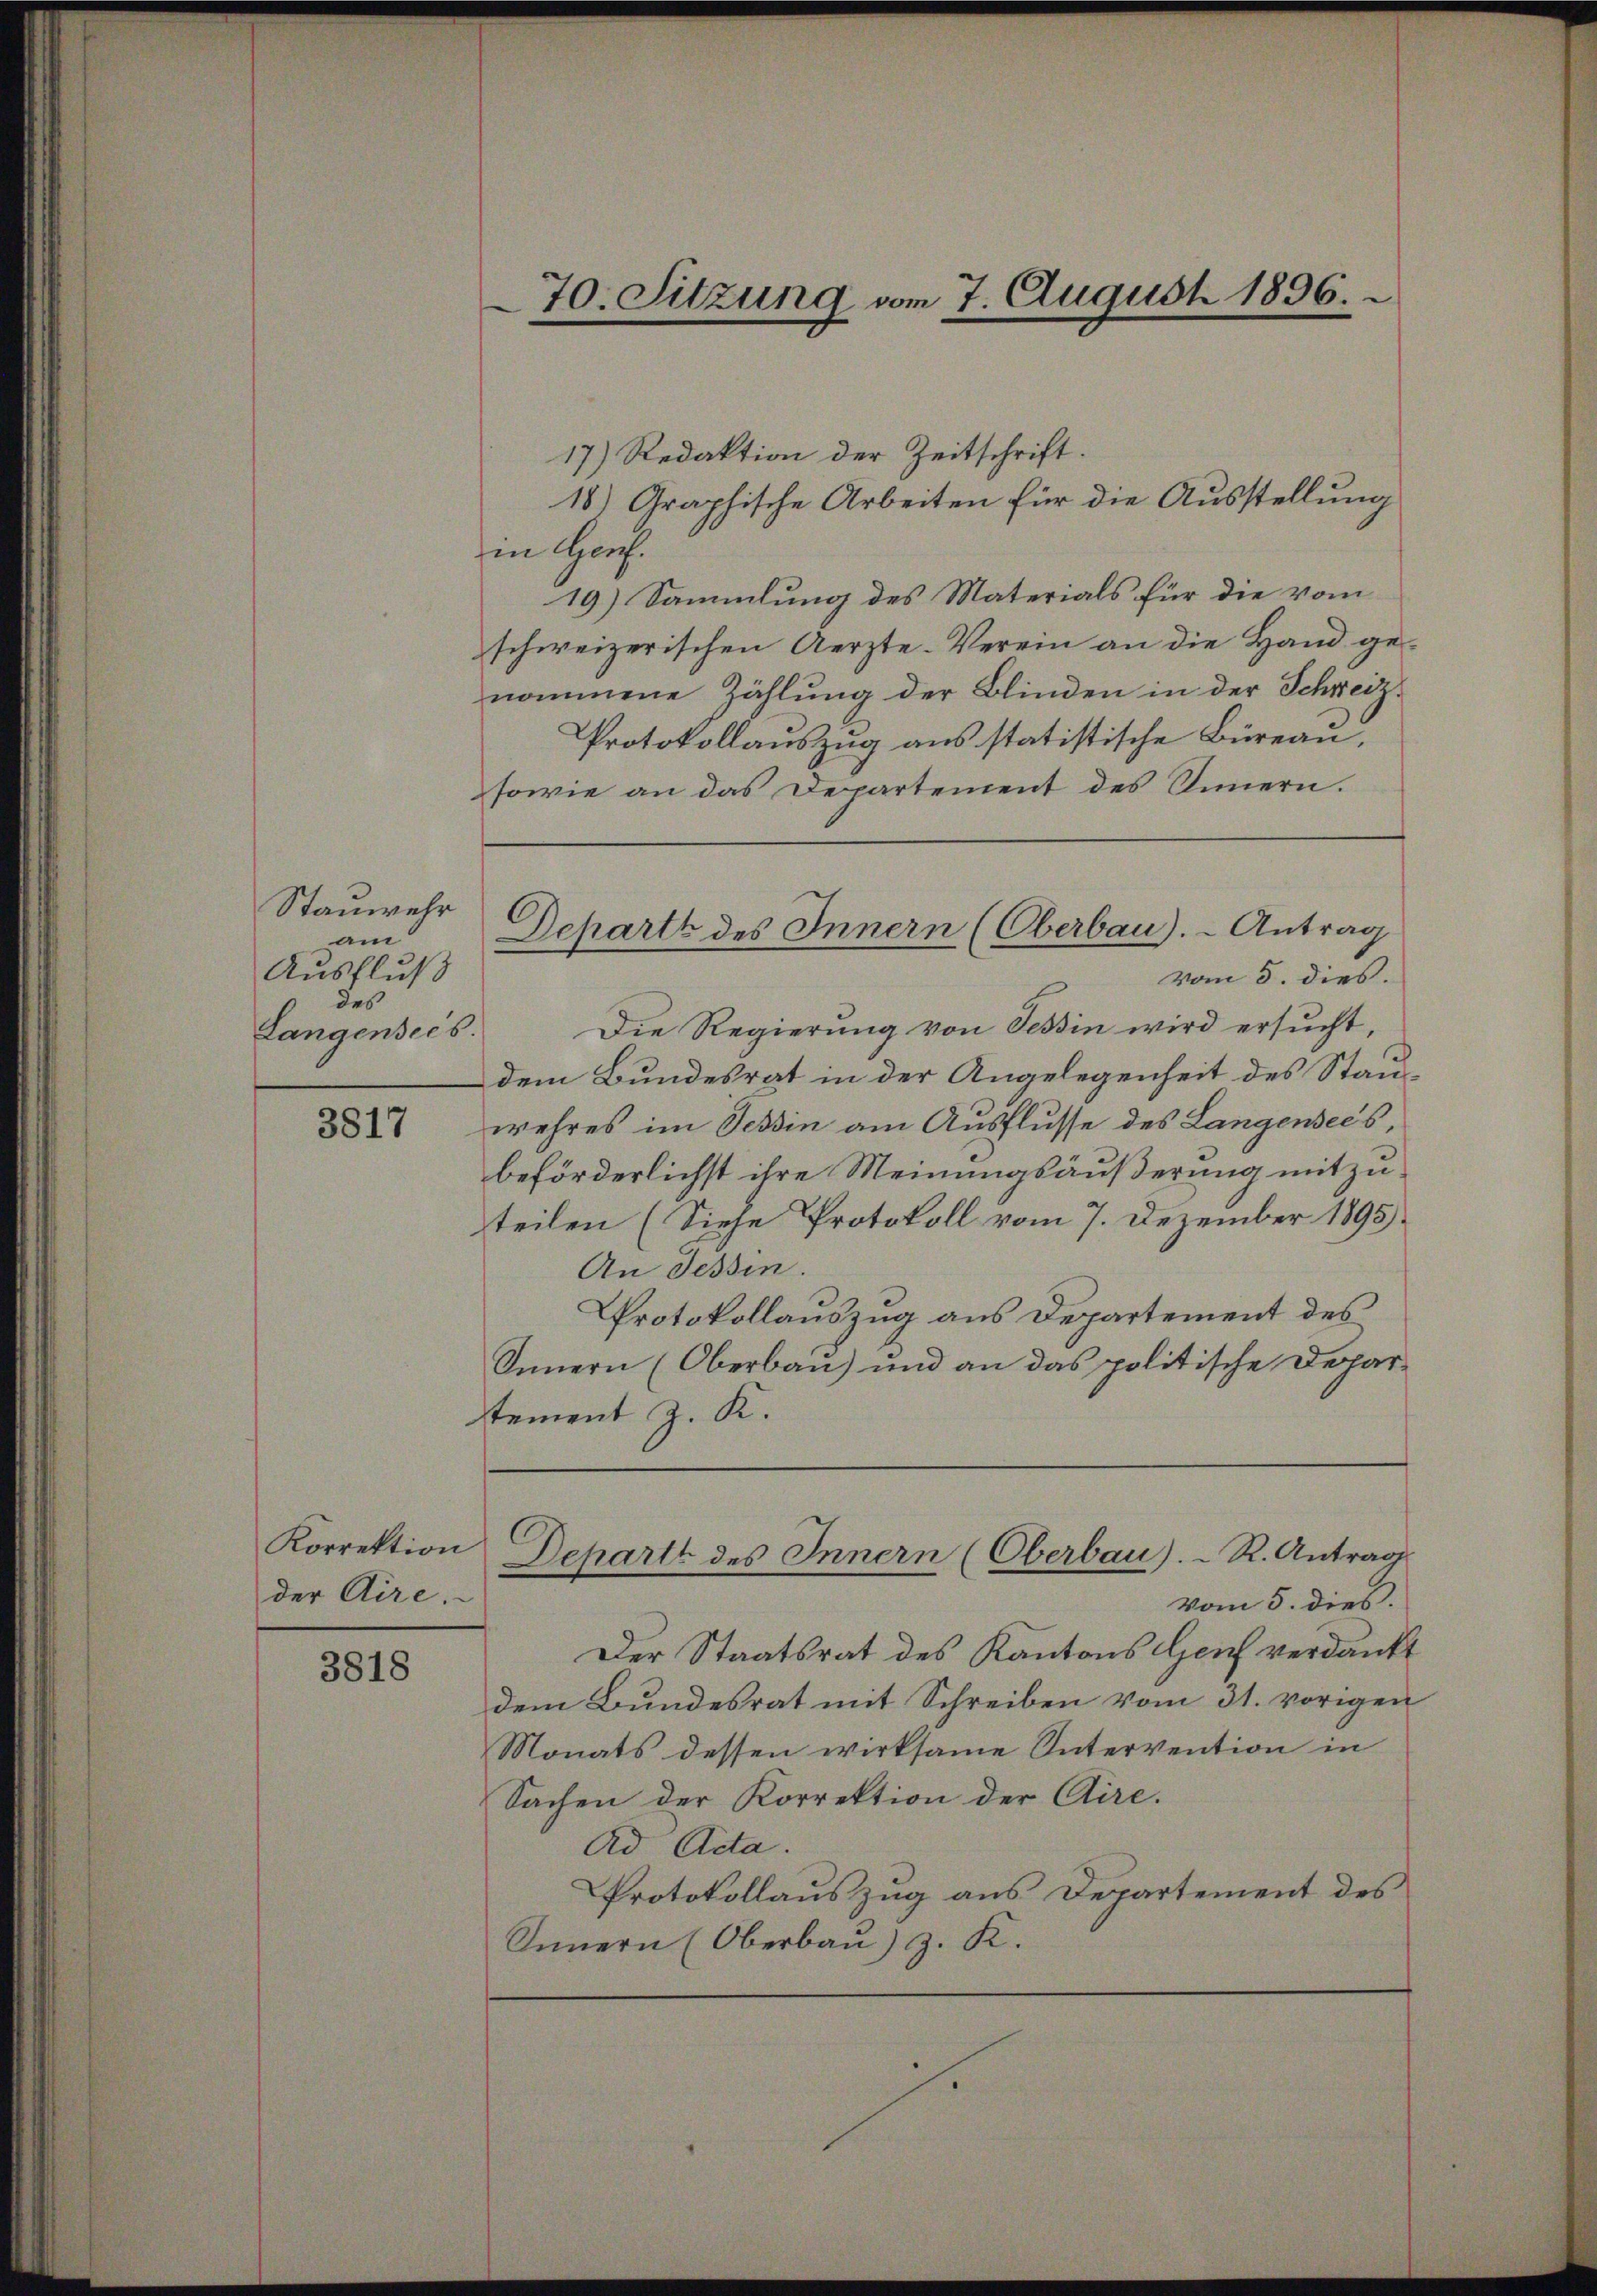
Stauwehr
am
Ausfluß
des
Langensees.

3817

Korrektion
der Aire.

3818

70. Sitzung vom 7. August 1896.

17.) Redaktion der Zeitschrift.
18.) Graphische Arbeiten für die Ausstellung
in Genf.
19) Sammlung des Materials für die vom
schweizerischen Aerzte-Verein an die Hand ge-
nommene Zählung der Blinden in der Schreiz¬
Protokollauszug aus statistische Büreau.
sowie an das Departement des Innern.
vom 5. dies.
Die Regierung von Tessin wird ersucht,
dem Bundesrat in der Angelegenheit des Stauwehres im Tessin am Ausflusse des Langensees,
beförderlichst ihre Meinungsäußerung mitzuteilen (Siehe Protokoll vom 7. Dezember 1895.
An Tessin.
Protokollauszug aus Departement des
Innern (Oberbau) und an das politische Departement J. K.

Departe des Innern (Oberbau). - Antrag

vom 5. dies.
Der Staatsrat des Kantons Genf verdankt
dem Bundesrat mit Schreiben vom 31. vorigen
Monats dessen wirksame Intervention in
Sachen der Korrektion der Aire.
Ad Acta.
Protokollauszug aus Departement des
Innern (Oberbau) G. K.

Departe des Innern (Oberbau).- R. Antrag